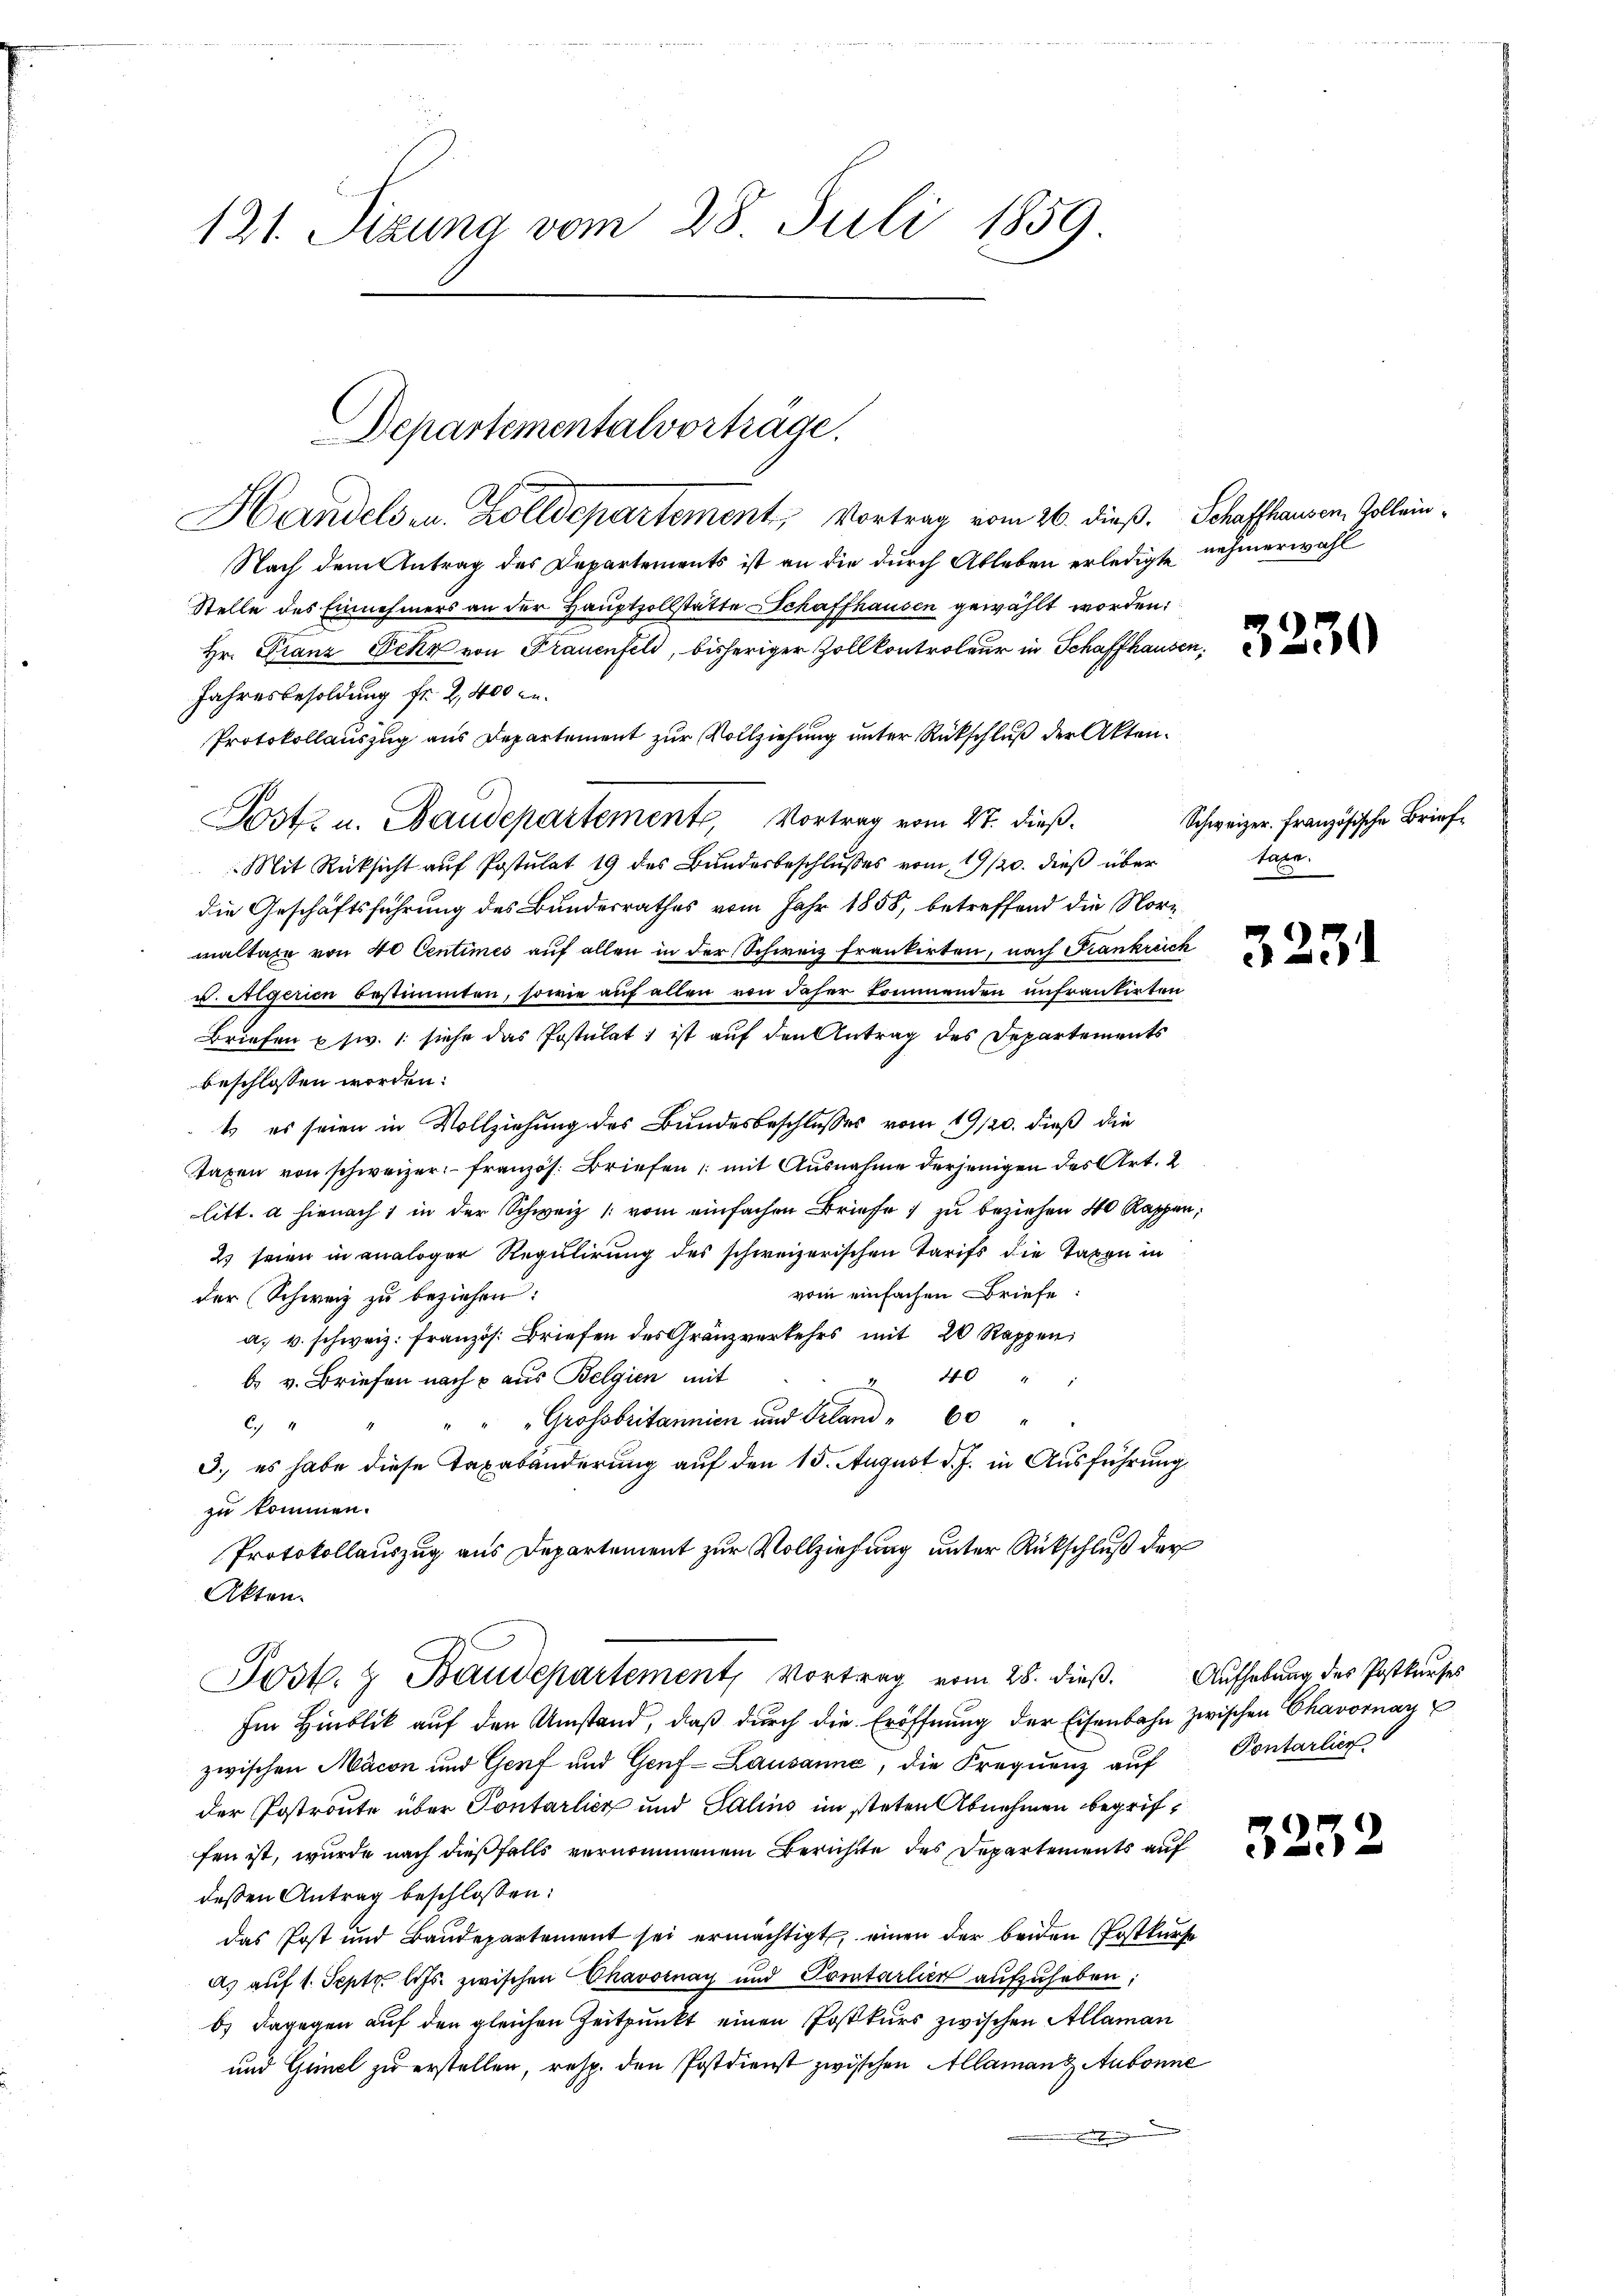
121. Sizung vom 28. Juli 1859

Handels in Zolldepartement, Vortrag vom 26. dieß. Schaffhausen, Zollein¬
Nach dem Antrag des Departements ist an die durch Ableben erledigte nehmerwahl
Stelle des Einnehmers an der Hauptzollstätte Schaffhausen gewählt worden:
Hr. Franz Eekr von Frauenfeld, bisheriger Zollkontroleur in Schaffhausen,
Jahresbesoldung fr. 2,400 l.
Protokollauszug aus Departement zur Vollziehung unter Rückschluß der Akten¬
Post u. Baudepartement, Vortrag vom 27. dieß.
Mit Rücksicht auf Postulat 19 des Bundesbeschlusses vom 19/20. dieß über
die Geschäftsführung des Bundesrathes vom Jahr 1858, betreffend die Norzmaltaxe von 40 Centimes auf allen in der Schweiz frankirten, nach Frankreich
u. Regerien bestimmten, sowie auf allen von daser kommenden untrantirten
Briefen usw. 1. siche das Postulat ist auf den Antrag des Departements
beschlossen worden:
t es seien in Vollziehung des Bundesbeschlusses vom 19/20. dieß die
Taxen von schweizer französ. Briefen mit Ausnahme derjenigen des Art. 2
litt. a hienach 1 in der Schweiz (vom einfachen Briefe zu beziehen 40 Kappen,
2) seien in analoger Regulirung des schweizerischen Tarifs die Taxen in
vom einfachen Briefe:
der (Schweiz zu beziehen:
a. u. schweiz. Französ. Briefen des Gränzverkehrs mit 20 Rappen
40 " 1
b. v. Briefen nach & aus Belgien mit
x
"Grossbritannien und Geland "60 "
64
3.) es habe diese Taxabänderung auf den 15. August d. J. in Ausführung
zu kommen.
Protokollauszug aus Departement zur Vollziehung unter Rückschluß der
Akten.

Departementalvorträge.

Post.  Baudepartement, Vortrag vom 28. dieß. Aufhebung des Postkurses

Im Hinblik auf den Umstand, daß durch die Eröffnung der Eisenbahn zwischen Chavornay
zwischen Macon und Genf und Genf - Lausanne, die Frequenz auf
der Postroute über Pontarlicz und Salins im steten Abnehmen begriffen ist, wurde nach dießfalls vernommenem Berichtte des Departements auf
dessen Antrag beschlossen:
das Post und Baudepartement sei ermächtigt, einen der beiden Postkurse
as auf 1. Sept. lits. zwischen Chavoinay und Portarlier aufzuheben:
b.) Dagegen auf den gleichen Zeitpunkt einen Postkurs zwischen Allaman
und Gimel zu erstellen, resp. den Postdienst zwischen Allamant Aubonne
n

5

Schweizer. Französische Brieftaxe.

3231

Pontarlier

523